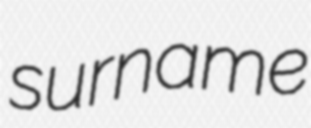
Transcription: surname